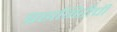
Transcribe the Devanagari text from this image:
ब्रह्मगिरीची